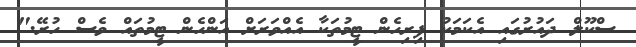
ސްކޫލް ދައުރުގައި އެކަމަކު ފިރިހެން ޓީމުތަކާ އެއްވަރަށް އަންހެން ޓީމުތައް ވެސް ހުރޭ."